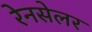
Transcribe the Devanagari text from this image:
रेनसेलर